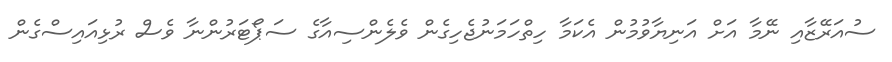
ސުއަރޭޒާއި ނޭމާ އަށް އަނިޔާވުމުން އެކަމާ ހިތްހަމަނުޖެހިގެން ވެލެންސިއާގެ ސަޕޯޓަރުންނާ ވެސް ރުޅިއައިސްގެން